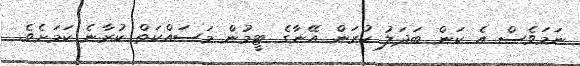
ނަމަވެސް އެ ކަން ބަދަލު ކުރަން އޭނާގެ ޓީމުން މަސައްކަތް ކުރާނެ ކަމަށެވެ.